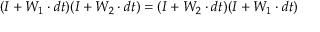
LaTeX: ( I + W _ { 1 } \cdot d t ) ( I + W _ { 2 } \cdot d t ) = ( I + W _ { 2 } \cdot d t ) ( I + W _ { 1 } \cdot d t )